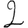
Digit: 2